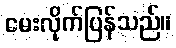
မေးလိုက်ပြန်သည်။